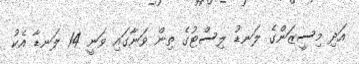
އަދި މިސީޒަންގެ ލަނޑު ލިސްޓުގެ ތިން ވަނާގައި ވަނީ 14 ލަނޑާ އެކު